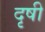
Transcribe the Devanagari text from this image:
दृषी